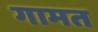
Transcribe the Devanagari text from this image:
गामत